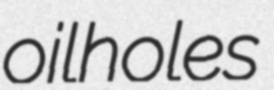
oilholes